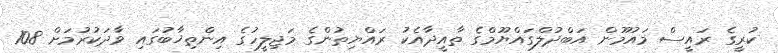
ކުރީގެ ރައީސް މައުމޫން އަބްދުލްގައްޔޫމްގެ ތާއީދާއެކު ރައްޔިތުންގެ މަޖިލީހުގެ އިންތިޚާބުގައި ވާދަކުރުމަށް 108